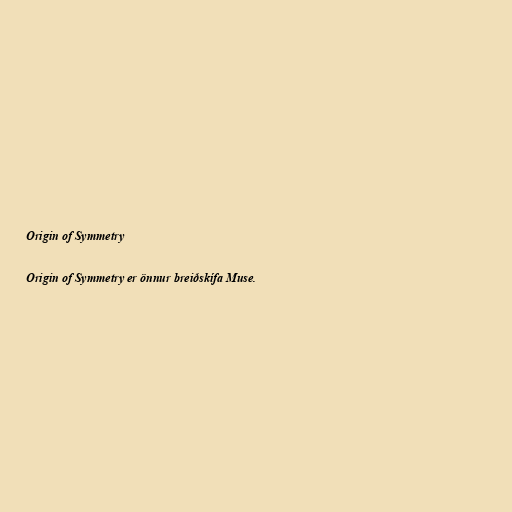
Origin of Symmetry

Origin of Symmetry er önnur breiðskífa Muse.